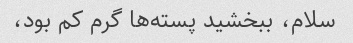
سلام، ببخشید پسته‌ها گرم کم بود،